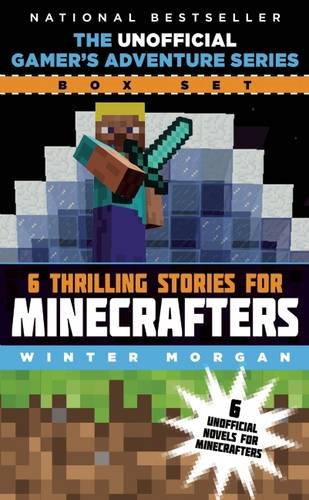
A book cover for The Unofficial Gamer's Adventure Series Box Set: Six Thrilling Stories for Minecrafters; Winter Morgan; Children's Books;